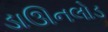
ડાઊનલોડ